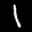
Label: 1